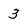
Character: 3